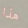
هذا